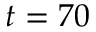
t = 7 0